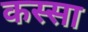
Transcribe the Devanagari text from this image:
कस्सा